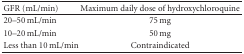
<table><thead><tr><td><b>GFR (mL/min)</b></td><td><b>Maximum daily dose of hydroxychloroquine</b></td></tr></thead><tbody><tr><td>20–50 mL/min</td><td>75 mg</td></tr><tr><td>10–20 mL/min</td><td>50 mg </td></tr><tr><td>Less than 10 mL/min</td><td>Contraindicated</td></tr></tbody></table>